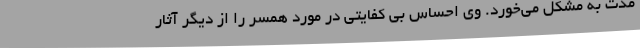
مدت به مشکل می‌خورد. وی احساس بی کفایتی در مورد همسر را از دیگر آثار